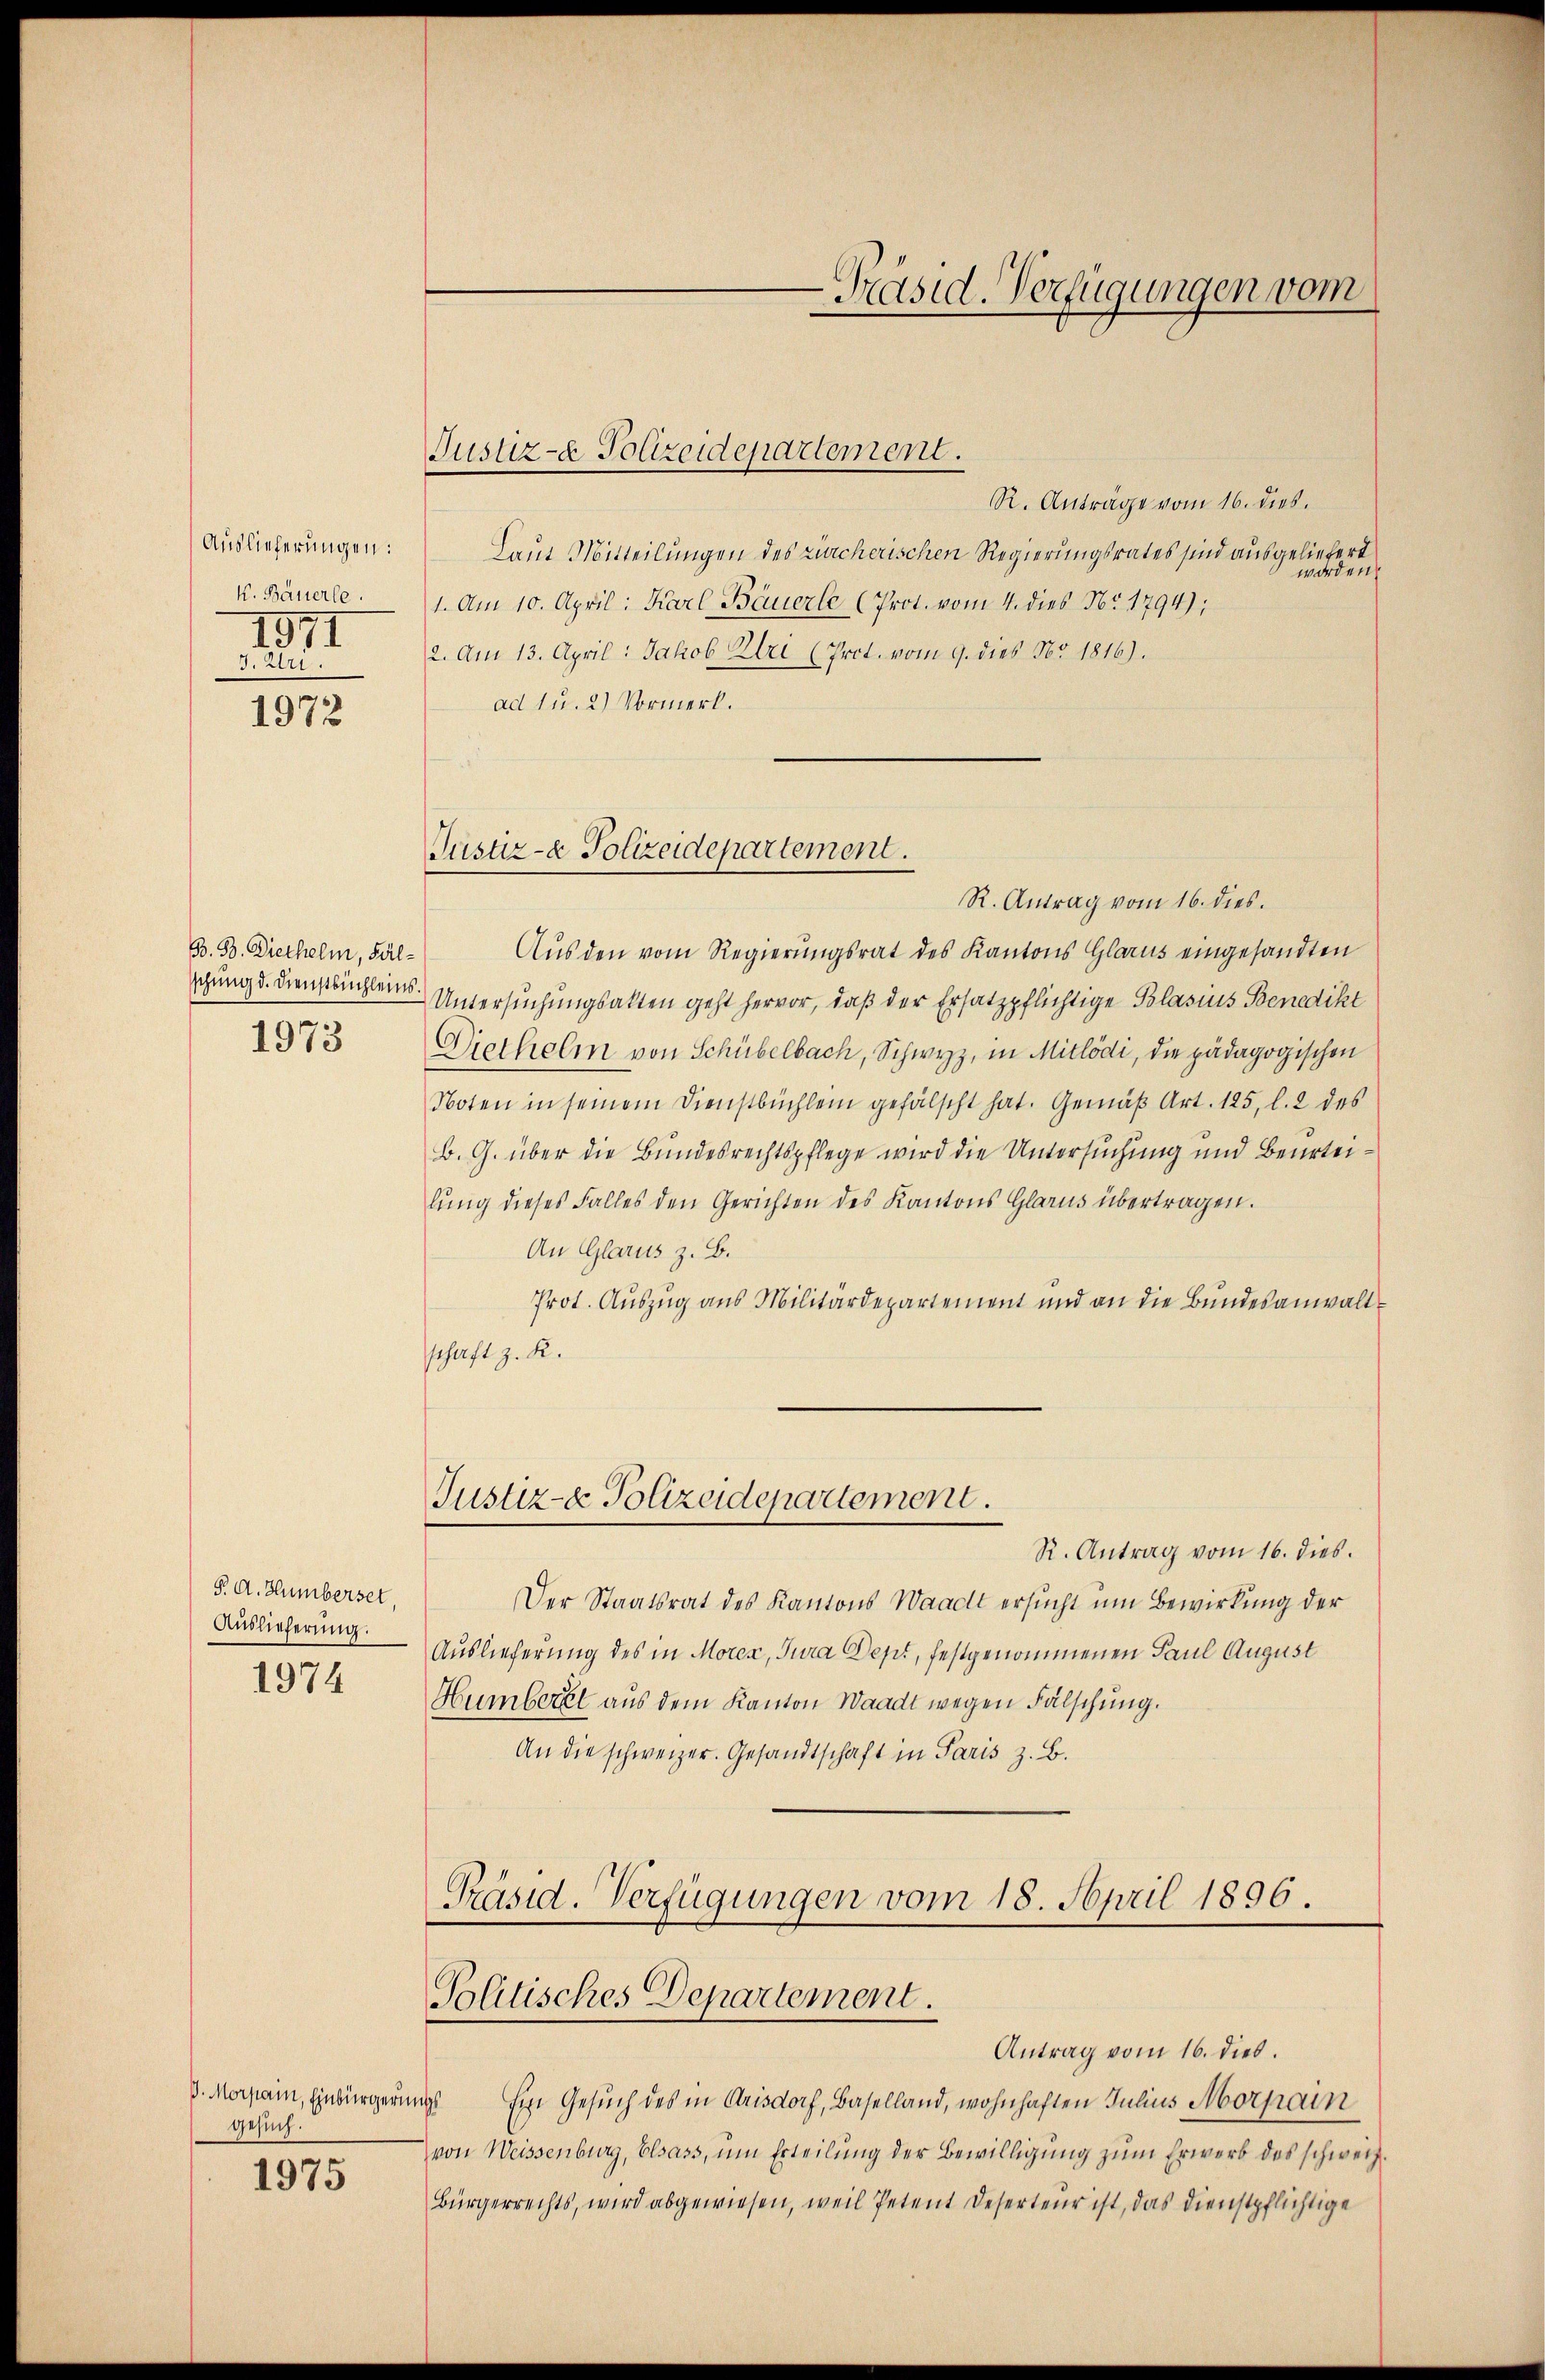
Auslieferungen:
k. Bäuerle.
1971
T.21.

1972

B. B. Diethelm, Fälsschung d. Dienstbuchleins

1973

§. A. Humberset
Auslieferung.

1974

gesuch.

1975

Justiz- & Polizeidepartement.

R. Anträge vom 16. dies.
Laut Mitteilungen des Zürcherischen Regierungsrates sind ausgeliefert
worden.
1. Am 10. April: Karl Bäuerle (Prot. vom 4. dies No. 1794);
2. Am 13. April: Jakob Zlri (Prot. vom 9. dies No. 1816).
ad 1 u. 2) Vormerk.

Justiz- & Polizeidepartement.

R. Antrag vom 16. dies.
Aus den vom Regierungsrat des Kantons Glarus eingesandten
Untersuchungsakten geht hervor, daß der Ersatzpflichtige Blasius Benedikt
Diethelm von Schübelbach, Schwyz, in Mitlödi, die pädagogischen
Noten in seinem Dienstbüchlein gefälscht hat. Gemäß Art. 125, l. 2 des
B. G. über die Bundesrechtspflege wird die Untersuchung und Beurteilŭng dieses Falles den Gerichten des Kantons Glarus übertragen.
An Glarus z. B.
Prot. Auszug aus Militärdepartement und an die Bundesanwaltschaft z. R.
Justiz- & Polizeidepartement.
R. Antrag vom 16. dies.
Der Staatsrat des Kantons Waadt ersucht um Bewirkung der
Auslieferung des in Morex, Jura Dept, festgenommenen Paul August
Humberl aus dem Kanton Waadt wegen Fälschung.
An die schweizer. Gesandtschaft in Paris z. B.
Präsid. Verfügungen vom 18. April 1896.

Präsid. Verfügungen vom

Politisches Departement.

Antrag vom 16. dies.
V. Morpain, Einbürgerungs Ein Gesuch des in Arisdorf, Baselland, wohnhaften Julius Morpain
von Weissenburg, Elsass, um Erteilung der Bewilligung zum Erwerb des schweiz.
Bürgerrechts, wird abgewiesen, weil Petent Deserteur ist, das Dienstpflichtige